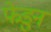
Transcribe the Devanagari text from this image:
फेडुन